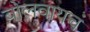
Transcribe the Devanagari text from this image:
बोलवायचं